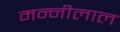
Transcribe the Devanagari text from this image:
मन्नीलाल